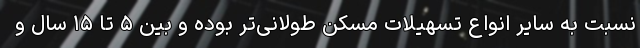
نسبت به سایر انواع تسهیلات مسکن طولانی‌تر بوده و بین ۵ تا ۱۵ سال و